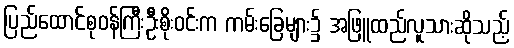
ပြည်ထောင်စုဝန်ကြီးဦးစိုးဝင်းက ကမ်းခြေများ၌ အဖြူထည်လူသားဆိုသည့်